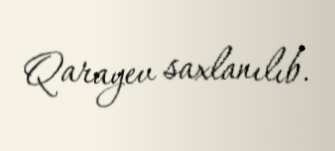
Qarayev saxlanılıb.